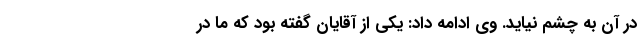
در آن به چشم نیاید. وی ادامه داد: یکی از آقایان گفته بود که ما در